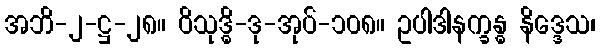
အဘိ-၂-ဋ္ဌ-၂၈။ ဝိသုဒ္ဓိ-ဒု-အုပ်-၁၀၈။ ဥပါဒါနက္ခန္ဓ နိဒ္ဒေသ၊